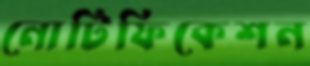
নোটিফিকেশন